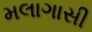
મલાગાસી